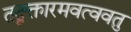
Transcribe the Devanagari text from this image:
तद्वक्तारमवत्ववतु